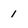
Character: 1